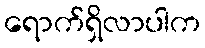
ရောက်ရှိလာပါက